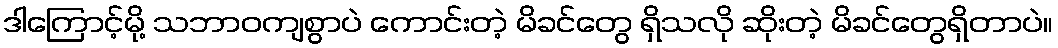
ဒါကြောင့်မို့ သဘာဝကျစွာပဲ ကောင်းတဲ့ မိခင်တွေ ရှိသလို ဆိုးတဲ့ မိခင်တွေရှိတာပဲ။